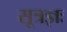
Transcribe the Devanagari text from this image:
सूत्रज्ञः